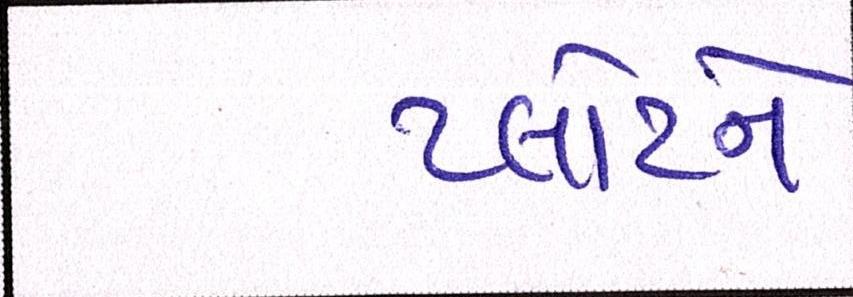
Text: પ્લોટને